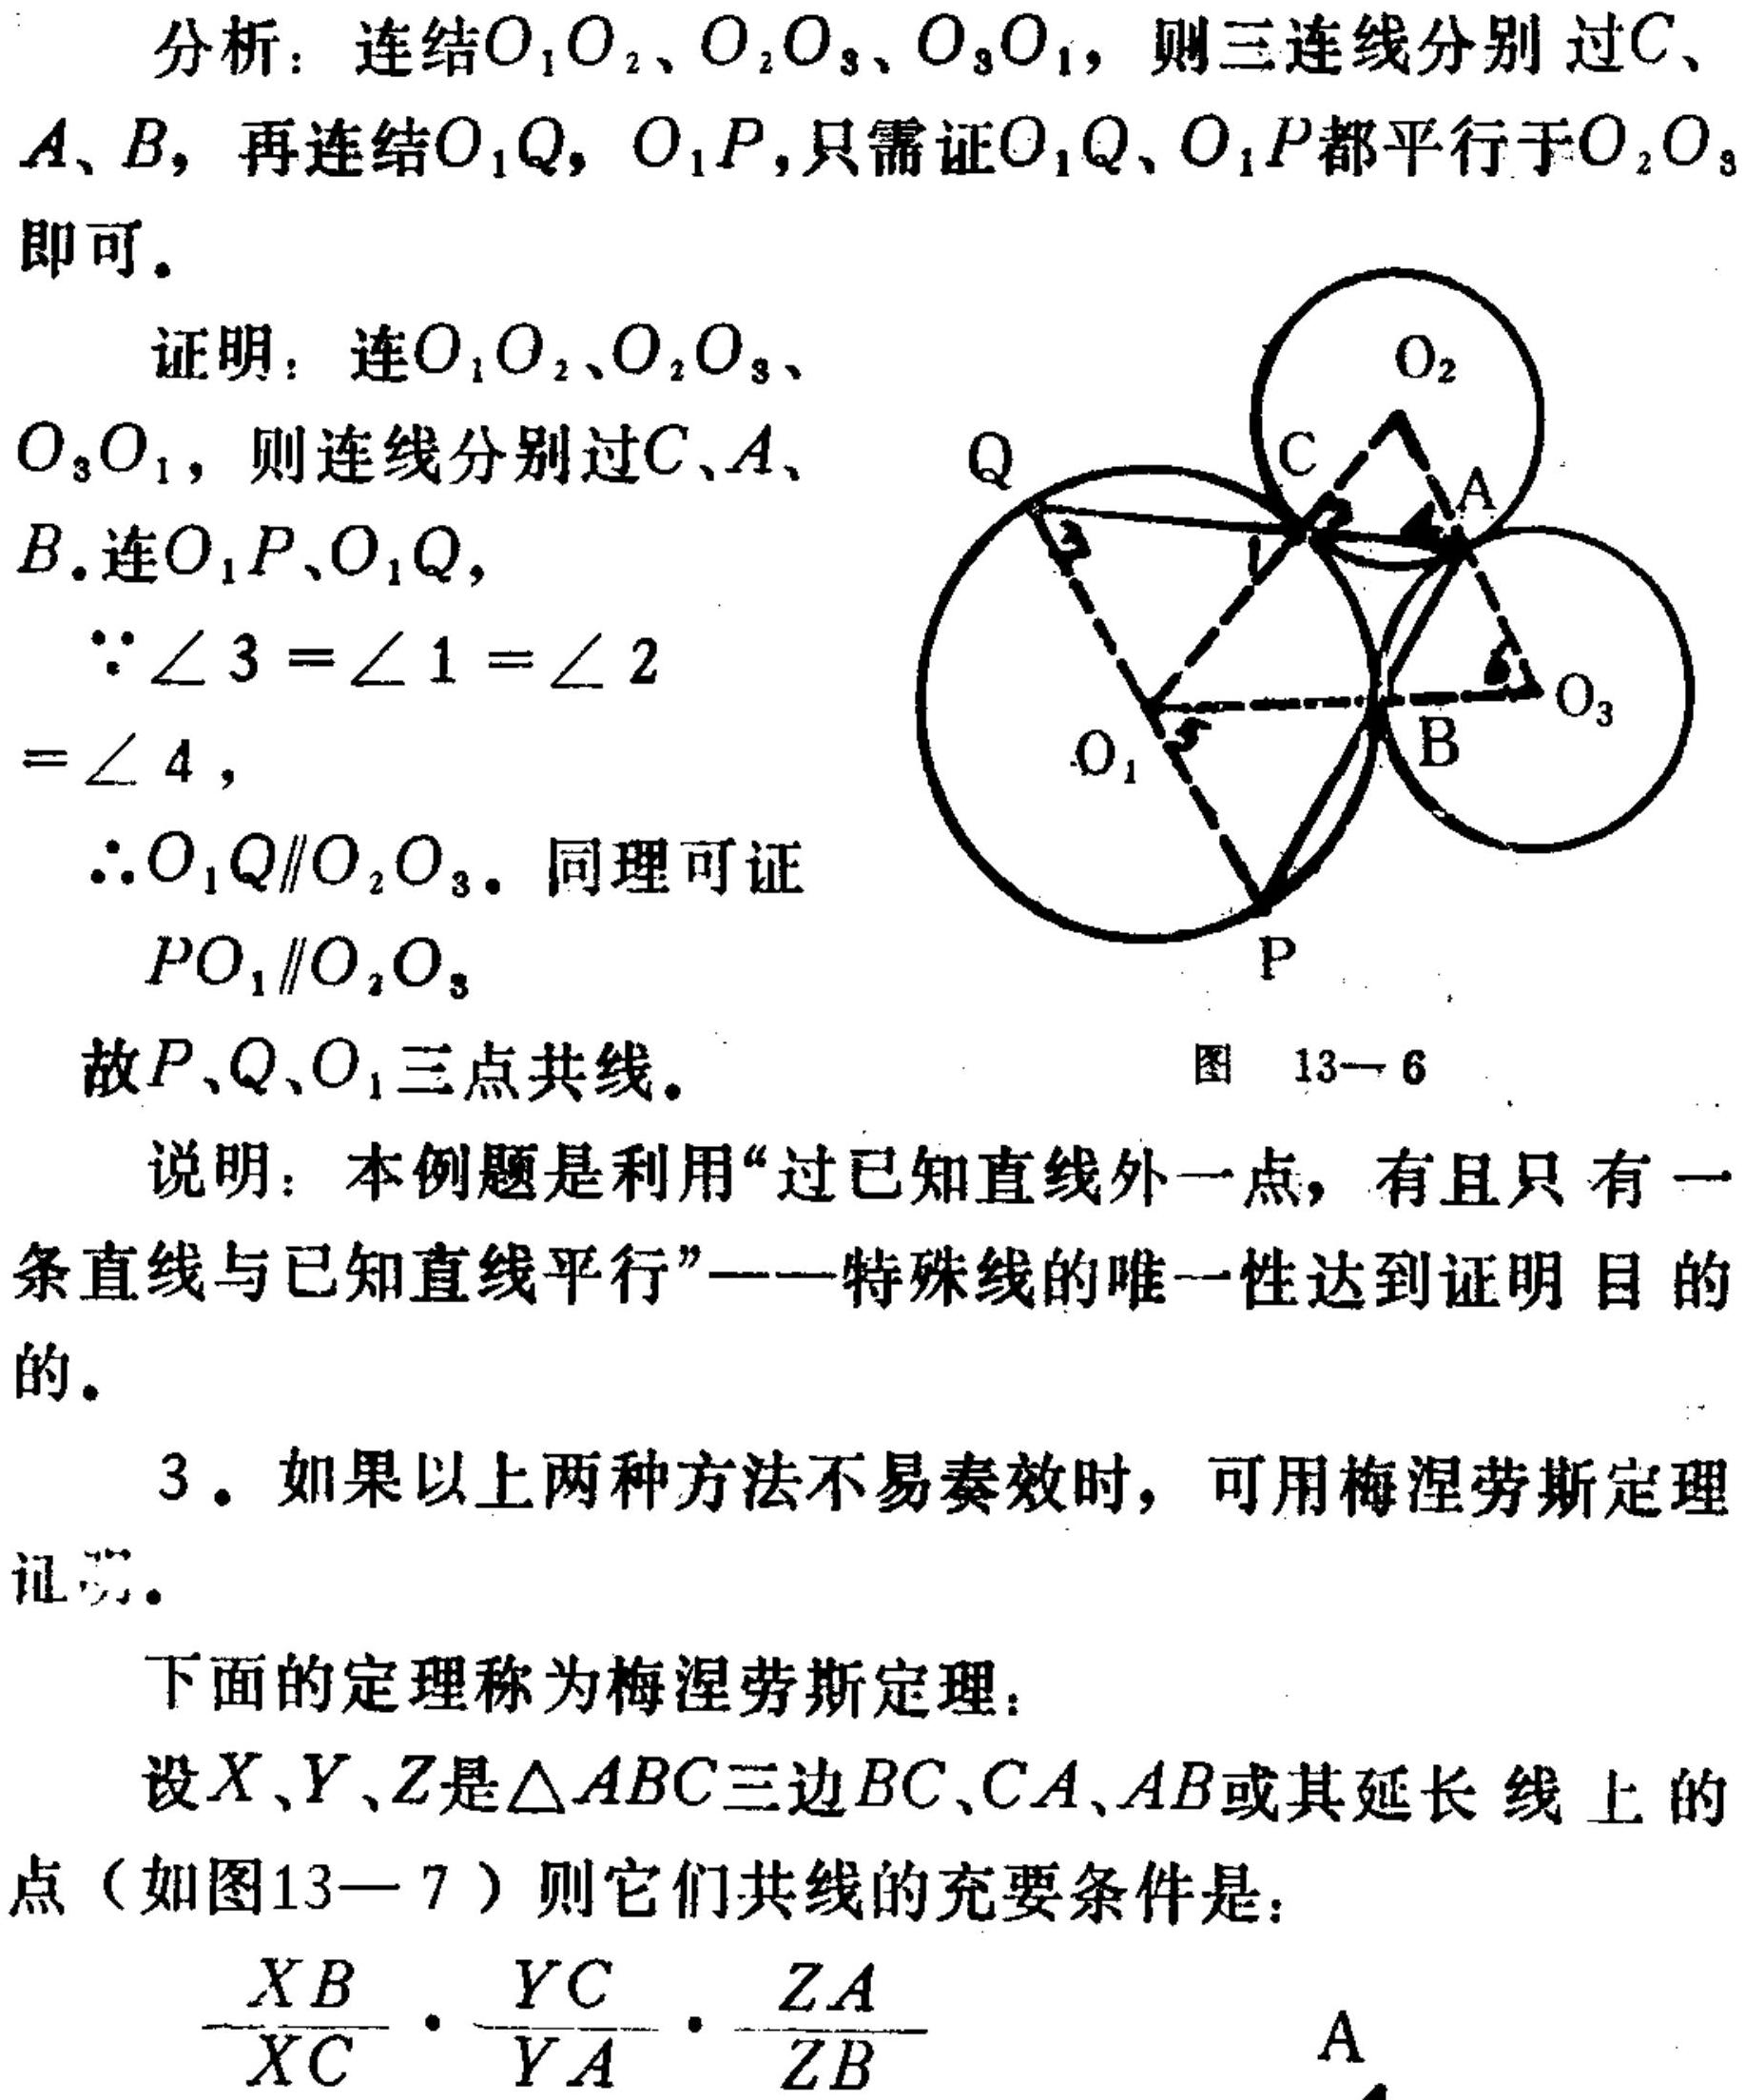
分析：连结\(O_1O_2、O_2O_3、O_3O_1\)，则三连线分别过\(C、A、B\)，再连结\(O_1Q\)，\(O_1P\)，只需证\(O_1Q、O_1P\)都平行于\(O_2O_3\)即可。
证明：连\(O_1O_2、O_2O_3、O_3O_1\)，则连线分别过\(C、A、B\)。连\(O_1P、O_1Q\)，
\(\because \angle 3 = \angle 1 = \angle 2=\angle 4\)，
\(\therefore O_1Q\parallel O_2O_3\)。同理可证\(PO_1\parallel O_2O_3\)
故\(P、Q、O_1\)三点共线。
图 13—6
![图13 - 6](此处因无法获取实际图片，用文字示意，实际应插入对应图形)
说明：本例题是利用“过已知直线外一点，有且只有一条直线与已知直线平行”——特殊线的唯一性达到证明目的的。
3. 如果以上两种方法不易奏效时，可用梅涅劳斯定理证明。
下面的定理称为梅涅劳斯定理：
设\(X、Y、Z\)是\(\triangle ABC\)三边\(BC、CA、AB\)或其延长线上的点（如图13—7）则它们共线的充要条件是：
\(\frac{XB}{XC}\cdot\frac{YC}{YA}\cdot\frac{ZA}{ZB}\)
\(A\)
![此处因无法获取图13 - 7实际图片，未完整写出对应图形部分](此处示意图形未完整写出)